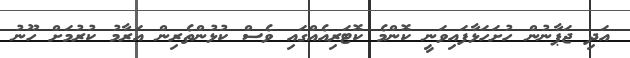
އަދި ޖަޕާނުން ހުށަހަޅާފައިވަނީ ކޮންމެ ކޮޓަރިއެއްގައި ވެސް ކުޅުންތެރިން އަރާމު ކުރުމަށް ހޫނު